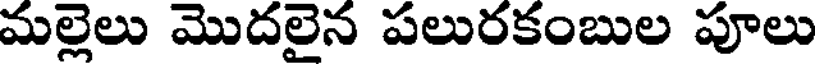
మల్లెలు మొదలైన పలురకంబుల పూలు